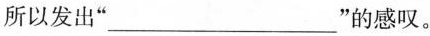
所以发出“___”的感叹。